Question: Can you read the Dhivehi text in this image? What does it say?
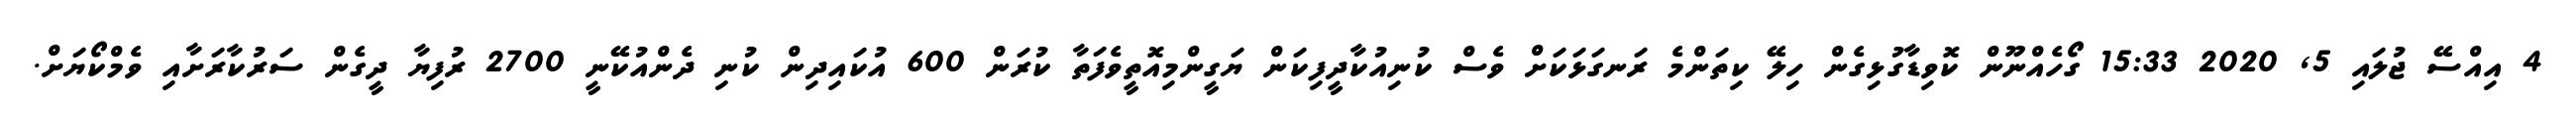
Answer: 4 އިއްސޭ ޖުލައި 5, 2020 15:33 ގޯހެއްނޫން ކޮވިޑާގުޅިގެން ހިލޭ ކިތަންމެ ރަނގަޅަކަށް ވެސް ކުނިއުކާދީފިކަން ޔަގީންމިއޮތީވެފަތާ ކުރަން 600 އުކައިދިން ކުނި ދެންއުކޭނީ 2700 ރުފިޔާ ދީގެން ސަރުކާރަށާއި ވެމްކޯޔަށް.